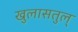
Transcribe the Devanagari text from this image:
खुलासतुल्